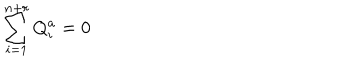
LaTeX: \sum _ { i = 1 } ^ { n + r } Q _ { i } ^ { a } = 0